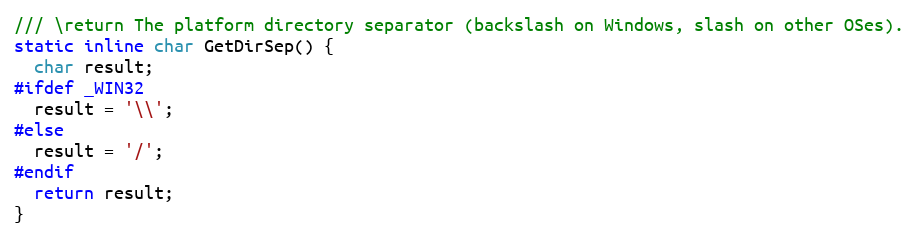
Language: C
/// \return The platform directory separator (backslash on Windows, slash on other OSes).
static inline char GetDirSep() {
  char result;
#ifdef _WIN32
  result = '\\';
#else
  result = '/';
#endif
  return result;
}